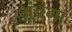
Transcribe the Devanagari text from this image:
भूचंगा